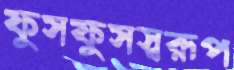
ফুসফুসস্বরূপ